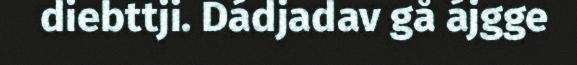
diebttji. Dádjadav gå ájgge